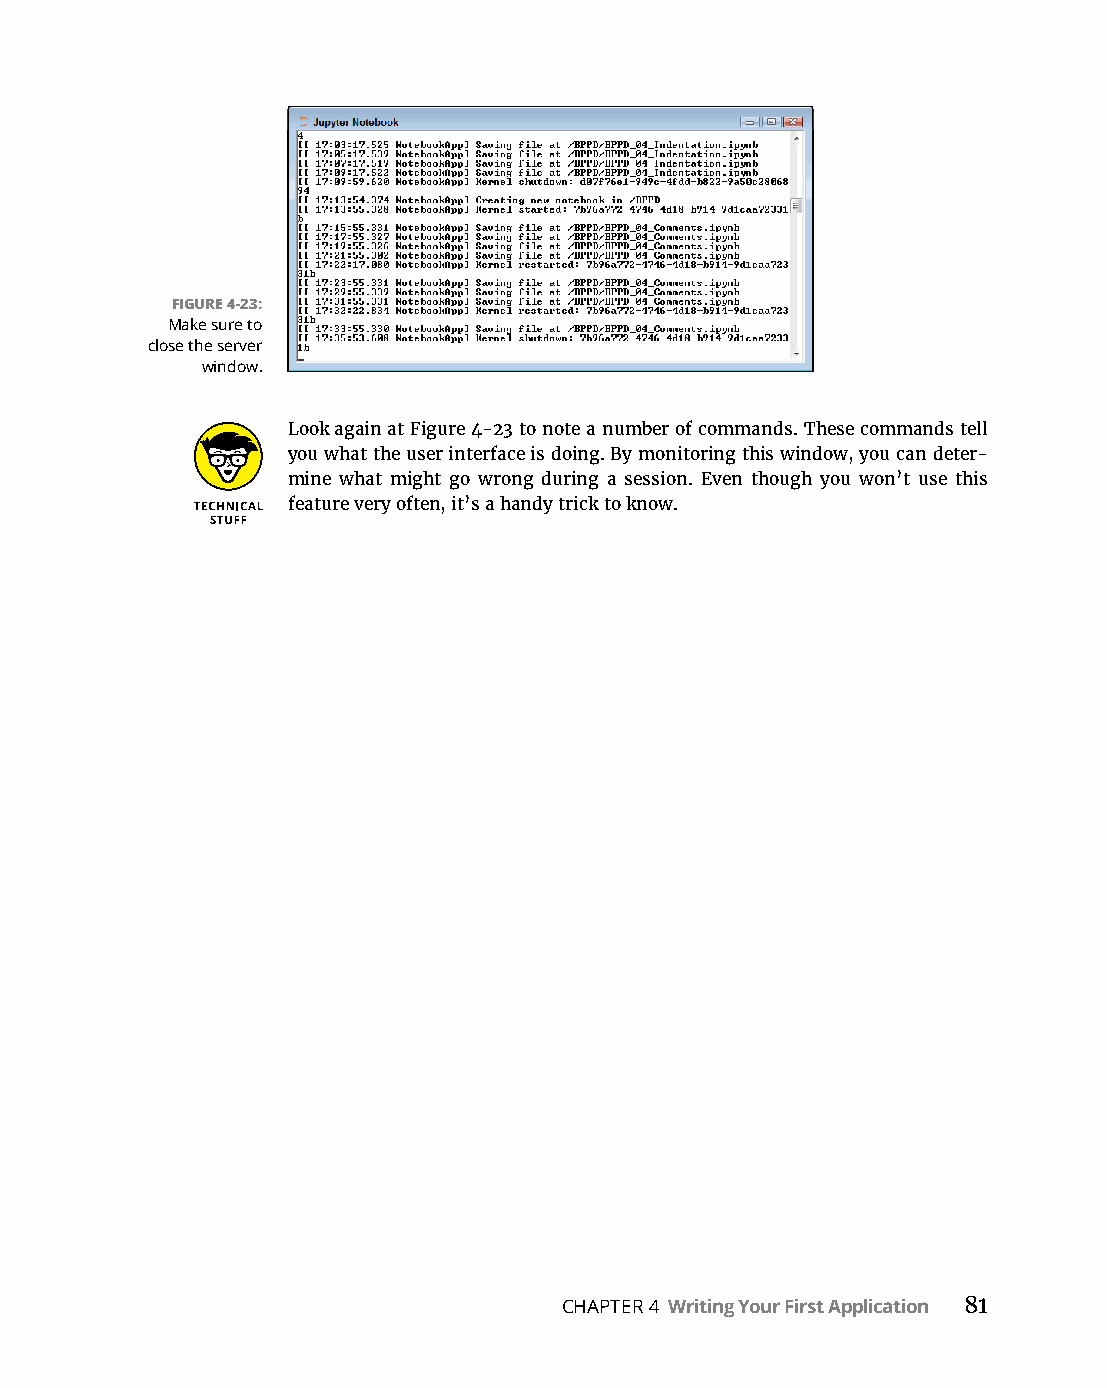
FIGURE 4-23:
 Make sure to
 close the server
 window.
 Look again at Figure 4-23 to note a number of commands. These commands tell
 you what the user interface is doing. By monitoring this window, you can deter-
 mine what might go wrong during a session. Even though you won’t use this
 feature very often, it’s a handy trick to know.
 CHAPTER 4 Writing Your First Application 81